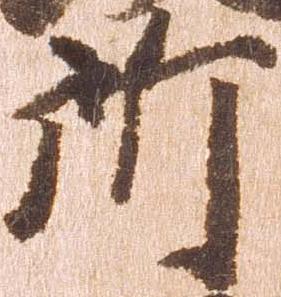
所